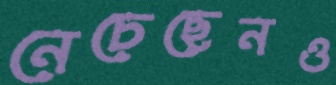
নেচেছেনও